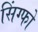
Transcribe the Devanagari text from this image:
सिंग्फो